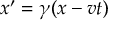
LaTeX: x ^ { \prime } = \gamma ( x - v t )